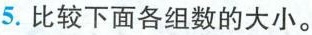
5.比较下面各组数的大小。